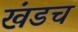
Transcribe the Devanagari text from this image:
खंडच